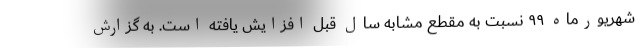
شهریورماه ۹۹ نسبت به مقطع مشابه سال قبل افزایش یافته است. به گزارش